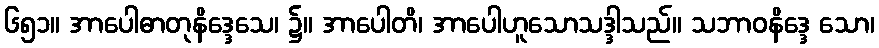
၆၅၁။ အာပေါဓာတုနိဒ္ဒေသေ၊ ၌။ အာပေါတိ၊ အာပေါဟူသောသဒ္ဒါသည်။ သဘာဝနိဒ္ဒေ သော၊